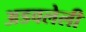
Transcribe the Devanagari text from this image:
अडवलेली